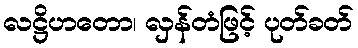
လဋ္ဌိဟတော၊ လှန်တံဖြင့် ပုတ်ခတ်